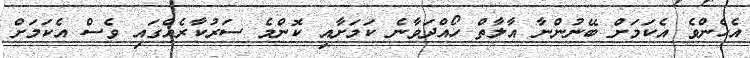
އެހެންވެ އެކަމަށް ބޭނުންނާ އާލާތް ހޯއްދަވާނެ ކަމަށާއި ކޮންމެ ސަރުކާރެއްގައި ވެސް އެކަމަށް